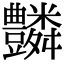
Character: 𧰢